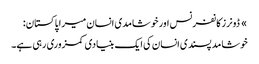
» ڈونرز کانفرنس اور خوشامدی انسان میرا پاکستان:
خوشامد پسندی انسان کی ایک بنیادی کمزوری رہی ہے۔